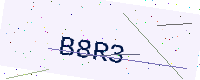
Text: B8R3